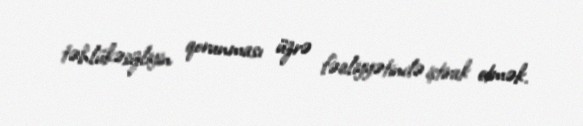
təhlükəsizliyin qorunması üzrə fəaliyyətində iştirak etmək.